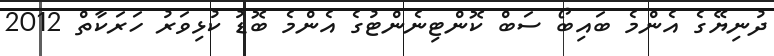
ދުނިޔޭގެ އެންމެ ބައިބޯ ސަބް ކޮންޓިނެންޓުގެ އެންމެ ބޮޑު ކުޅިވަރު ހަރަކާތް 2012